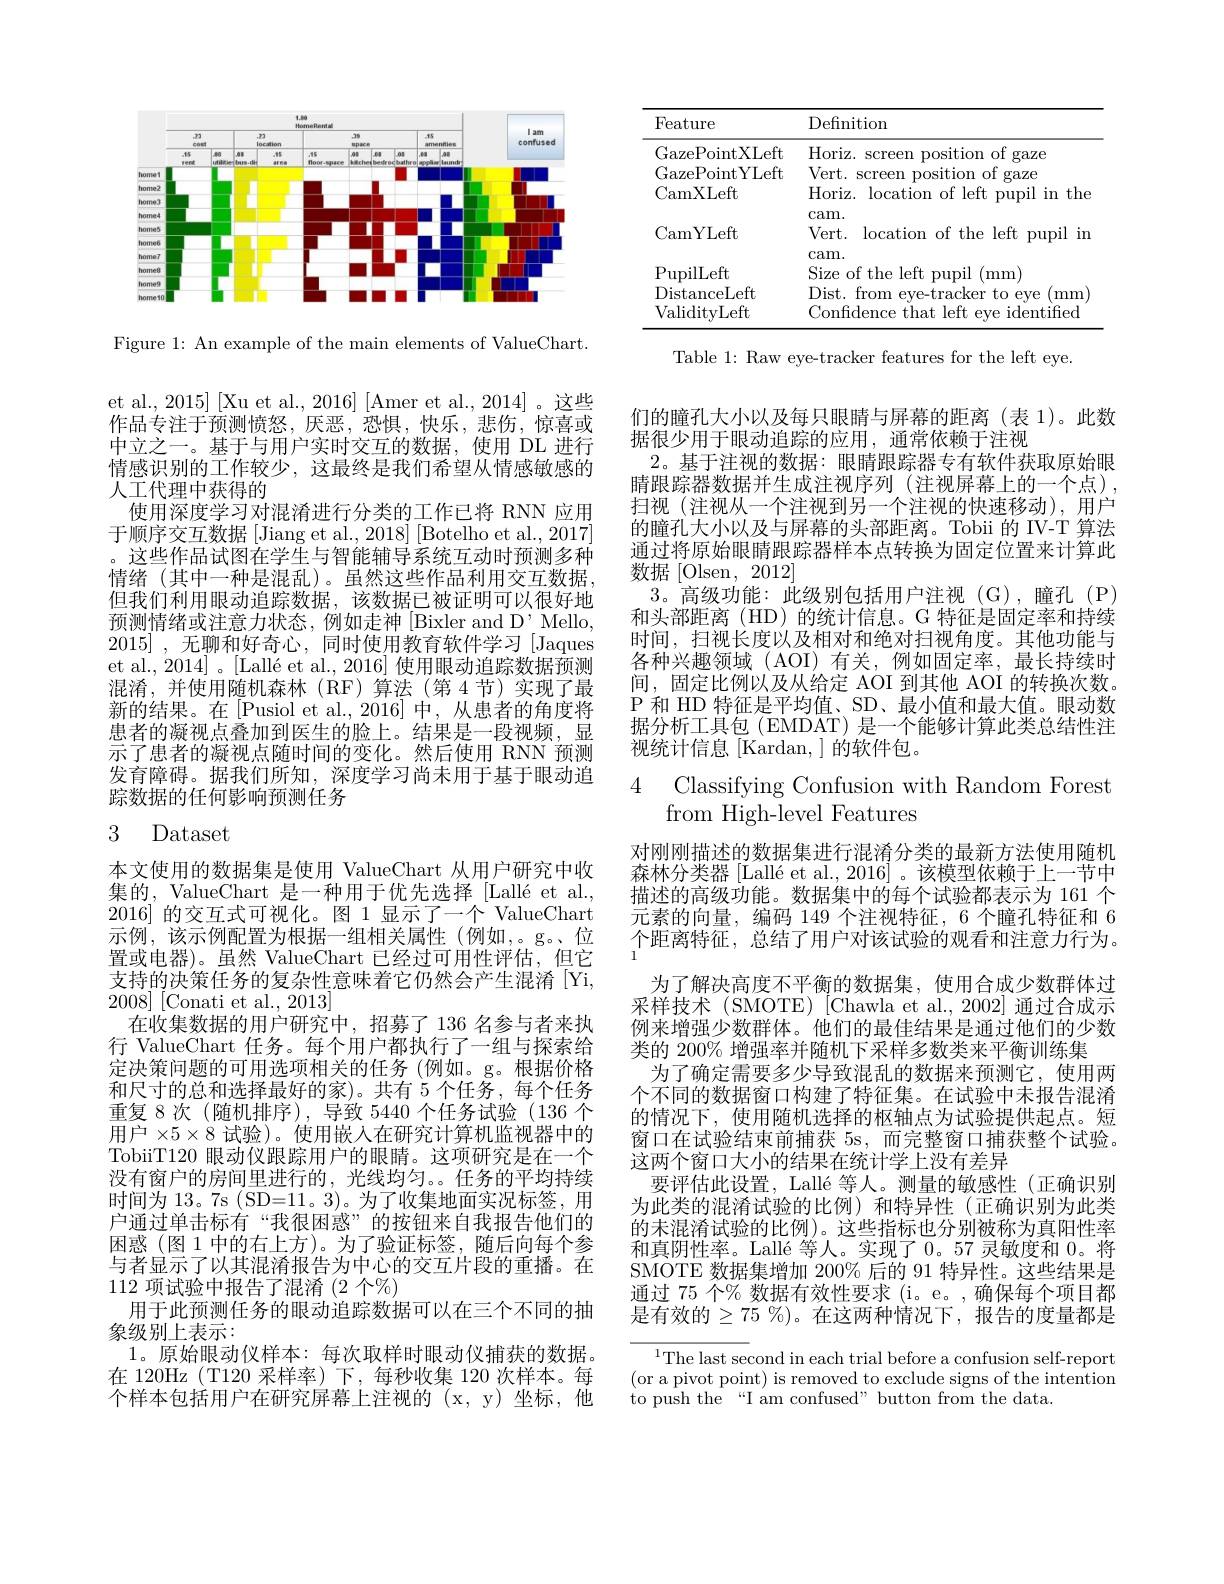
<FigureHere>

Figure 1: An example of the main elements of ValueChart.

et al., 2015][Xu et al., 2016][Amer et al., 2014]。这些作品专注于预测愤怒，厌恶，恐惧，快乐，悲伤，惊喜或中立之一。基于与用户实时交互的数据，使用 DL 进行情感识别的工作较少，这最终是我们希望从情感敏感的人工代理中获得的
使用深度学习对混淆进行分类的工作已将 RNN 应用于顺序交互数据[Jiang et al., 2018] [Botelho et al., 2017] 。这些作品试图在学生与智能辅导系统互动时预测多种情绪(其中一种是混乱)。虽然这些作品利用交互数据， 但我们利用眼动追踪数据，该数据已被证明可以很好地预测情绪或注意力状态，例如走神[Bixler and D'Mello, 2015],无聊和好奇心，同时使用教育软件学习[Jaques et al., 2014] 。[Lallé et al., 2016] 使用眼动追踪数据预测混淆，并使用随机森林(RF)算法(第4节)实现了最新的结果。在[Pusiol et al.,2016] 中，从患者的角度将患者的凝视点叠加到医生的脸上。结果是一段视频，显示了患者的凝视点随时间的变化。然后使用 RNN 预测发育障碍。据我们所知，深度学习尚未用于基于眼动追踪数据的任何影响预测任务

## 3 Dataset

本文使用的数据集是使用 ValueChart 从用户研究中收集的，ValueChart 是一种用于优先选择 [Lallé et al., 2016]的交互式可视化。图 1 显示了一个 ValueChart 示例，该示例配置为根据一组相关属性(例如，。g。位置或电器)。虽然 ValueChart 已经过可用性评估，但它支持的决策任务的复杂性意味着它仍然会产生混淆[Yi, 2008] [Conati et al., 2013]
在收集数据的用户研究中，招募了 136 名参与者来执行 ValueChart 任务。每个用户都执行了一组与探索给定决策问题的可用选项相关的任务(例如。g。根据价格和尺寸的总和选择最好的家)。共有 5 个任务，每个任务重复 8 次 (随机排序), 导致 5440 个任务试验 (136 个用户$\times5\times8$试验)。使用嵌入在研究计算机监视器中的TobiiT120 眼动仪跟踪用户的眼睛。这项研究是在一个没有窗户的房间里进行的，光线均匀。。任务的平均持续时间为 13。7s (SD=11。3)。为了收集地面实况标签，用户通过单击标有“我很困惑”的按钮来自我报告他们的困惑(图1中的右上方)。为了验证标签，随后向每个参与者显示了以其混淆报告为中心的交互片段的重播。在112项试验中报告了混淆 (2 个%)
用于此预测任务的眼动追踪数据可以在三个不同的抽
象级别上表示：
1。原始眼动仪样本：每次取样时眼动仪捕获的数据。在 120Hz (T120 采样率)下，每秒收集 120 次样本。每个样本包括用户在研究屏幕上注视的 (x,y)坐标，他

<table>
	<tbody>
		<tr>
			<th>Feature</th>
			<th>Definition</th>
		</tr>
		<tr>
			<td>GazePointXLeft</td>
			<td>Horiz. s screen position of gaze</td>
		</tr>
	</tbody>
</table>

Table 1: Raw eye-tracker features for the left eye.

们的瞳孔大小以及每只眼睛与屏幕的距离(表 1)。此数
据很少用于眼动追踪的应用，通常依赖于注视
2。基于注视的数据：眼睛跟踪器专有软件获取原始眼晴跟踪器数据并生成注视序列 (注视屏幕上的一个点), 扫视(注视从一个注视到另一个注视的快速移动),用户的瞳孔大小以及与屏幕的头部距离。Tobii 的 IV-T 算法通过将原始眼睛跟踪器样本点转换为固定位置来计算此数据[Olsen,2012]
3。高级功能：此级别包括用户注视(G),幢孔(P) 和头部距离(HD)的统计信息。G 特征是固定率和持续时间，扫视长度以及相对和绝对扫视角度。其他功能与各种兴趣领域(AOI)有关，例如固定率，最长持续时间，固定比例以及从给定 AOI 到其他 AOI 的转换次数。P 和 HD 特征是平均值、SD、最小值和最大值。眼动数据分析工具包(EMDAT)是一个能够计算此类总结性注视统计信息[Kardan,]的软件包。

# 4 Classifying Confusion with Random Forest from High-level Features

对刚刚描述的数据集进行混淆分类的最新方法使用随机森林分类器$[ \text{Lall\' {e}etal. , 2016] 。该 模 型 依 赖 于 上 一 节 中 }$ 描述的高级功能。数据集中的每个试验都表示为 161 个元素的向量，编码 149 个注视特征，6 个瞳孔特征和 6个距离特征，总结了用户对该试验的观看和注意力行为。
为了解决高度不平衡的数据集，使用合成少数群体过采样技术 (SMOTE) [Chawla et al., 2002] 通过合成示例来增强少数群体。他们的最佳结果是通过他们的少数类的 200% 增强率并随机下采样多数类来平衡训练集
为了确定需要多少导致混乱的数据来预测它，使用两个不同的数据窗口构建了特征集。在试验中未报告混淆的情况下，使用随机选择的枢轴点为试验提供起点。短窗口在试验结束前捕获 5s,而完整窗口捕获整个试验。这两个窗口大小的结果在统计学上没有差异
要评估此设置，Lallé 等人。测量的敏感性(正确识别为此类的混淆试验的比例)和特异性(正确识别为此类的未混淆试验的比例)。这些指标也分别被称为真阳性率和真阴性率。Lallé 等人。实现了0。57 灵敏度和0。将SMOTE 数据集增加 200% 后的 91 特异性。这些结果是通过 75 个% 数据有效性要求 (i。e。,确保每个项目都是有效的$\geq75\%$)。在这两种情况下，报告的度量都是

$^{1}$The last second in each trial before a confusion self-report (or a pivot point) is removed to exclude signs of the intention to push the“I am confused” button from the data.